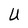
Character: U